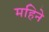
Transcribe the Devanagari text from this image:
महिनेे